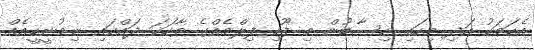
އެކަމަކު އަދި މިހައި ހިސާބުން މި ފޫހި ފިލްމެއްގެ ވާހަކަ ދައްކައި ނިމުނީކީއެއް